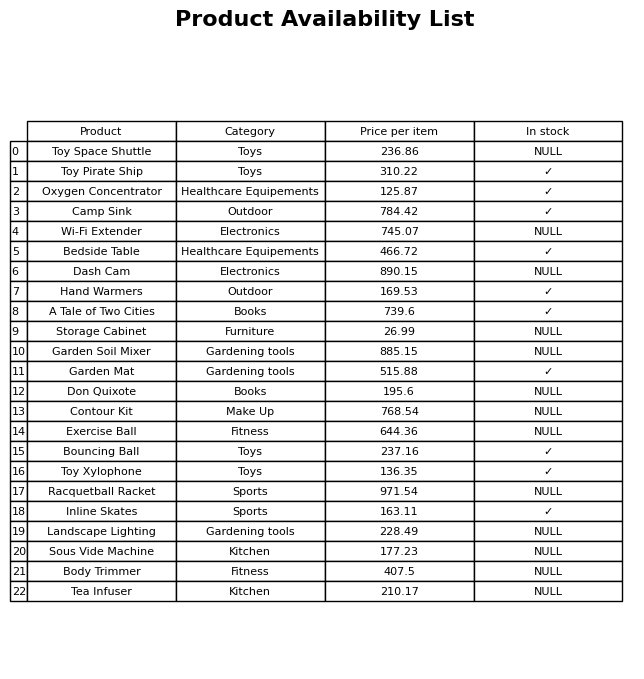
question: Is the Exercise Ball in stock?
answer: NULL